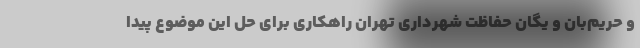
و حریم‌بان و یگان حفاظت شهرداری تهران راهکاری برای حل این موضوع پیدا